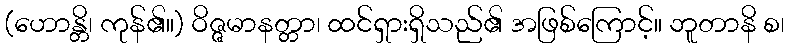
(ဟောန္တိ၊ ကုန်၏။) ဝိဇ္ဇမာနတ္တာ၊ ထင်ရှားရှိသည်၏ အဖြစ်ကြောင့်။ ဘူတာနိ စ၊